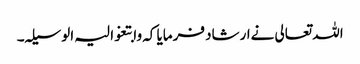
اللہ تعالی نےارشاد فرمایا کہ وابتغوا لیہ الوسیلہ۔